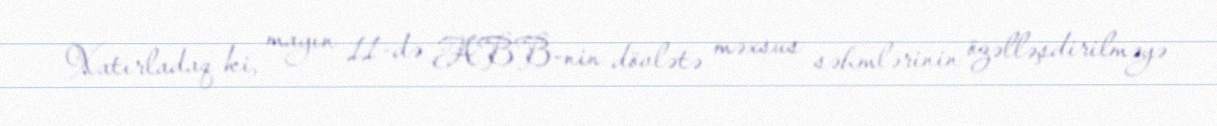
Xatırladaq ki, mayın 11-də ABB-nin dövlətə məxsus səhmlərinin özəlləşdirilməyə